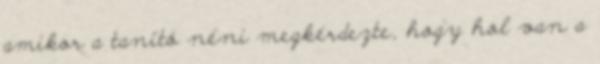
amikor a tanító néni megkérdezte, hogy hol van a